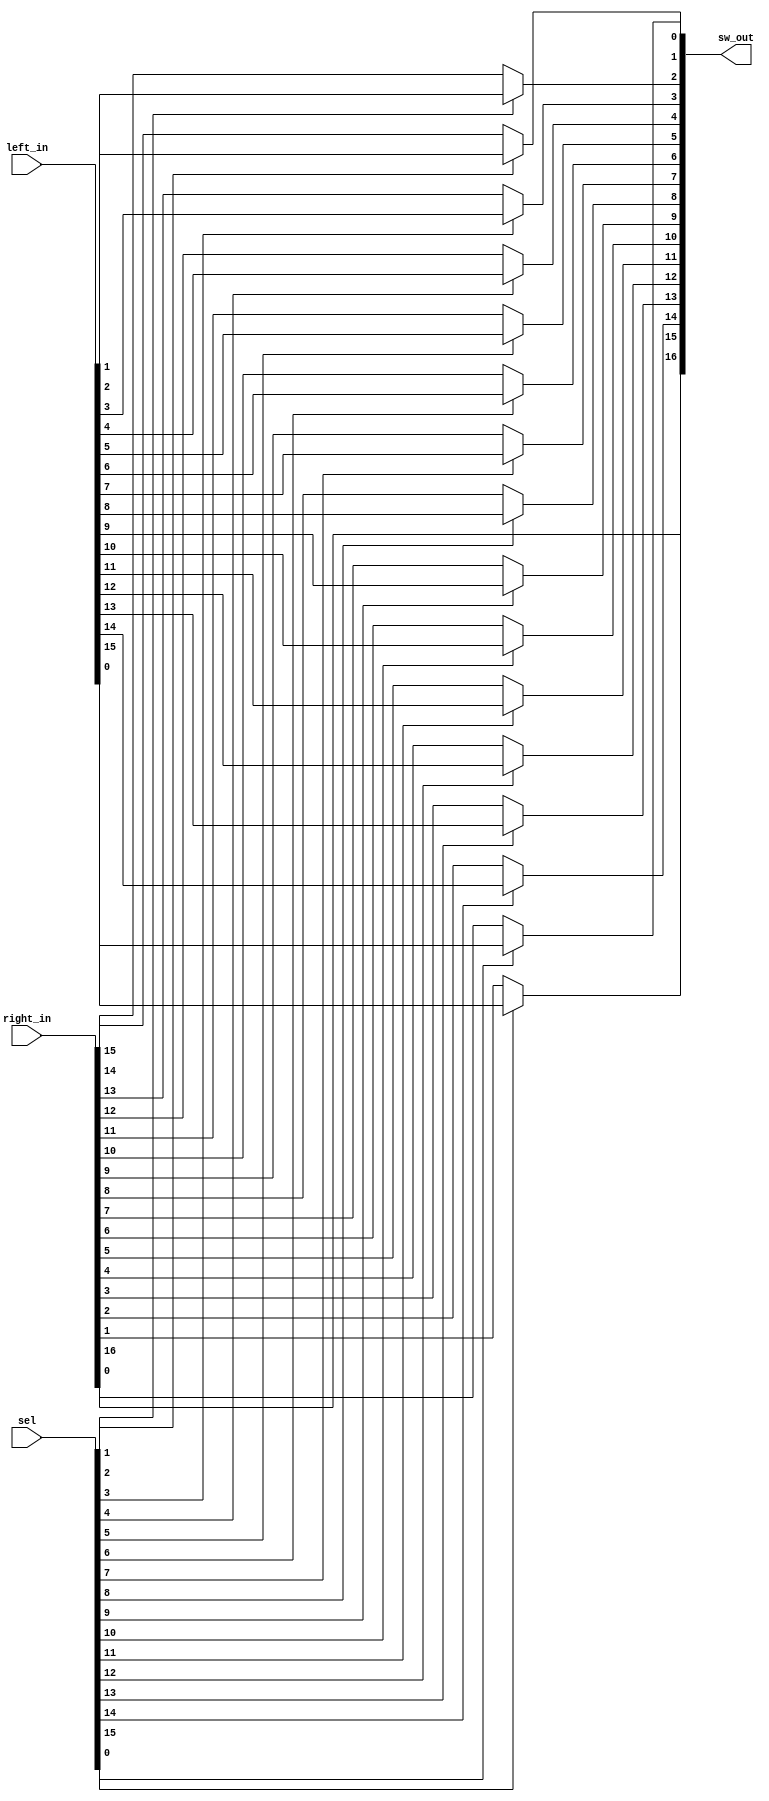
module qsn_merge_len17 (
	output wire [16:0] sw_out,

	input wire [15:0] left_in,
	input wire [16:0] right_in,
	input wire [15:0] sel
);

	assign sw_out[0] = (sel[0] == 1'b0) ? right_in[16] : left_in[0];
	assign sw_out[1] = (sel[1] == 1'b0) ? right_in[15] : left_in[1];
	assign sw_out[2] = (sel[2] == 1'b0) ? right_in[14] : left_in[2];
	assign sw_out[3] = (sel[3] == 1'b0) ? right_in[13] : left_in[3];
	assign sw_out[4] = (sel[4] == 1'b0) ? right_in[12] : left_in[4];
	assign sw_out[5] = (sel[5] == 1'b0) ? right_in[11] : left_in[5];
	assign sw_out[6] = (sel[6] == 1'b0) ? right_in[10] : left_in[6];
	assign sw_out[7] = (sel[7] == 1'b0) ? right_in[9] : left_in[7];
	assign sw_out[8] = (sel[8] == 1'b0) ? right_in[8] : left_in[8];
	assign sw_out[9] = (sel[9] == 1'b0) ? right_in[7] : left_in[9];
	assign sw_out[10] = (sel[10] == 1'b0) ? right_in[6] : left_in[10];
	assign sw_out[11] = (sel[11] == 1'b0) ? right_in[5] : left_in[11];
	assign sw_out[12] = (sel[12] == 1'b0) ? right_in[4] : left_in[12];
	assign sw_out[13] = (sel[13] == 1'b0) ? right_in[3] : left_in[13];
	assign sw_out[14] = (sel[14] == 1'b0) ? right_in[2] : left_in[14];
	assign sw_out[15] = (sel[15] == 1'b0) ? right_in[1] : left_in[15];
	assign sw_out[16] = right_in[0];
endmodule